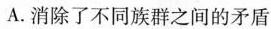
A.消除了不同族群之间的矛盾